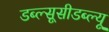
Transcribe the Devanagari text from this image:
डब्ल्सूसीडब्ल्यू